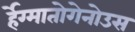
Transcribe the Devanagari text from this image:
र्हेग्मातोगेनोउस